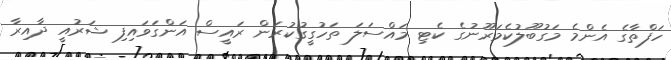
ހަފްތާގެ އެންމެ މަގުބޫލުކެމަރޫނުގެ ކެޓި މައްސަލަ ތަހުގީގުކުރަން ރައީސް އަންގަވައިފި ޝަރުއީ ދާއިރާ